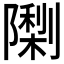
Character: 𮥨